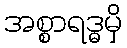
အစ္စာရဒ္ဓမှိ